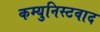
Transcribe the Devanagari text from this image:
कम्युनिस्टवाद